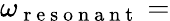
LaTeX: \omega_{\mathrm{~r~e~s~o~n~a~n~t~}}=